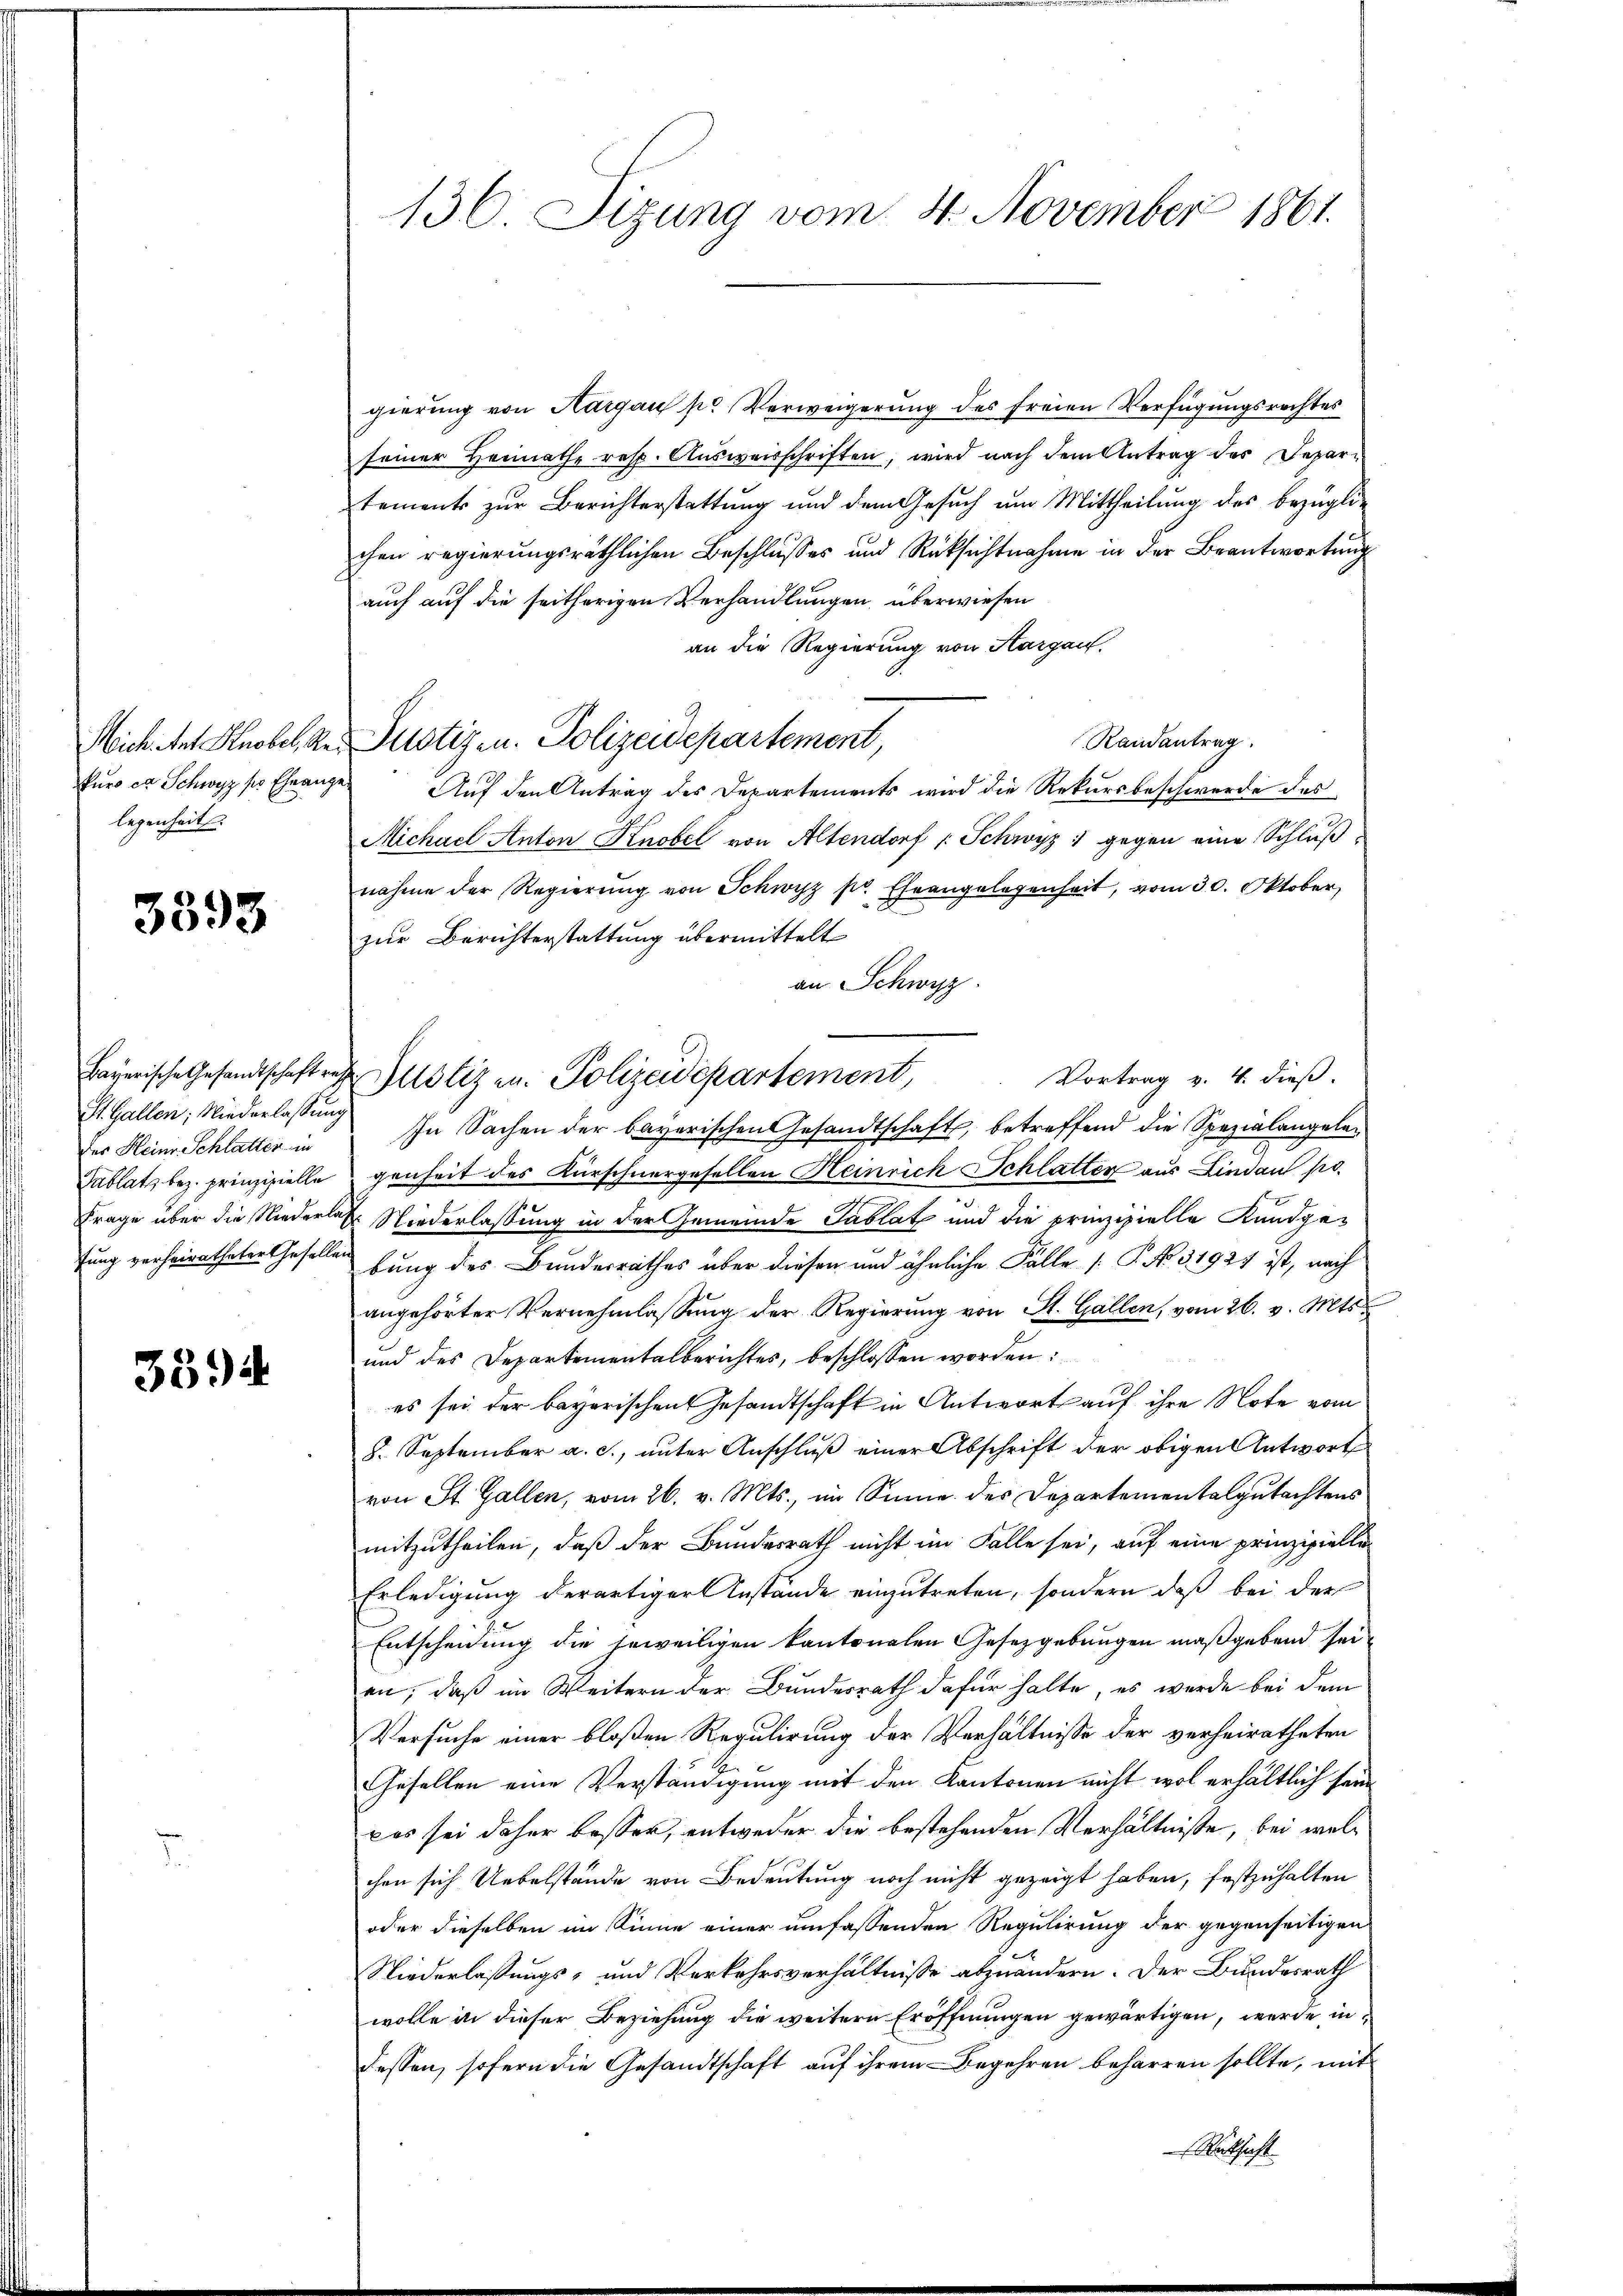
legenheit

3393

der Heine Schlatten in

3594

gierung von Aargau pr Verweigerung des freien Verfügungsrechtes
seiner Heimathe resp. Ausweisschriften, wird nach dem Antrag des Departements zŭr Berichterstattŭng und dem Gesŭch ŭm Mittheilŭng des bezügli-
chen regierungsräthlichen Beschlusses und Rücksichtnahme in der Beantwortung
auch auf die seitherigen Verhandlungen überwiesen
an die Regierung von Aargau.
Randantrag
Mich. Art Knobel, der Justizen. Polizeidepartement,
kurs ce Schwyz po Franze Auf den Antrag des Departements wird die Rekursbeschwerde des
Michael Anton Knobel von Altendorf (Schwyz gegen eine Schluß
nahme der Regierŭng von Schwyz pr. Eheangelegenheit, vom 30. Oktober,
zur Berichterstattung übermittelt
an Schwyz.
Bayerische Gesandtschaft sehr Zustiz zu. Polizeidepartement,
Vortrag v. 4. dieß.
St. Gallen; Niederlassung In Sachen der bayerischen Gesandtschaft, betreffend die Spezialangele¬
Tablat bez. prinzipiellegenheit des Kürschnergesellen Heinrich Schlatter aus Lindau po
Frage über die Niederlaß Niederlassung in der Gemeinde Tablat und die prinzipielle Kundgetung verheiratheter Geselle bung des Bundesrathes über diesen und ähnliche Fälle (: P. No. 31927 ist, nach
angehörter Vernehmlassung der Regierung von St. Gallen, vom 26. v. Mts.
und des Departementalberichtes, beschlossen worden:
es sei der bayerischen Gesandtschaft in Antwort auf ihre Note vom
8. September a. c., unter Anschluß einer Abschrift der obigen Antwort
von St. Gallen, vom 26. v. Mts., im Sinne des Departementalgutachtens
mitzutheilen, daß der Bundesrath nicht im Falle sei, auf eine prinzipielle
Erledigung derartiger Anstände einzutreten, sondern daß bei der
Entscheidung die jeweiligen kantonalen Gesetzgebungen maßgebend sei
an, daß im Weitern der Bundesrath dafür halte, es wurde bei dem
Versuche einer bloßen Regulirung der Verhältnisse der verheiratheten
Gesellen eine Verständigung mit den Kantonen nicht wol erhältlich sein
Das sei daher besser, entweder die bestehenden Verhältnisse, bei welchen sich Uebelstände von Bedeutung noch nicht gezeigt haben, festzuhalten
oder dieselben im Sinne einer umfassenden Regulirung der gegenseitigen
Niederlassungs- und Verkehrsverhältnisse abzuändern. Der Bundesrath
wolle in dieser Beziehung die weitern Eröffnungen gewärtigen, werde in
dessen, sofern die Gesandtschaft auf ihrem Begehren beharren sollte, mit
Rücksicht

136. Sizung vom 4. November 1861.